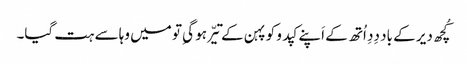
کُچھ دیر کے باد دِدِ اُتھ کے اَپنے کپدو کو پہن کے تیّر ہو گیِ تو میں وہا سے ہت گیا۔